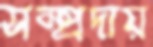
সম্প্রদায়